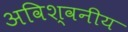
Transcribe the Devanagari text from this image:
अविश्वनीय